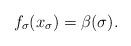
LaTeX: \begin{align*}f_\sigma(x_\sigma)=\beta(\sigma).\end{align*}